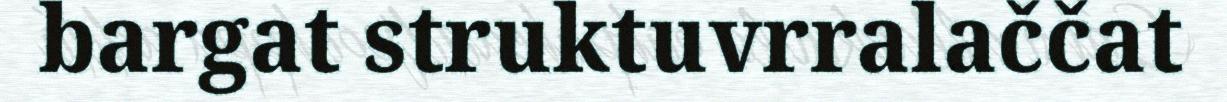
bargat struktuvrralaččat